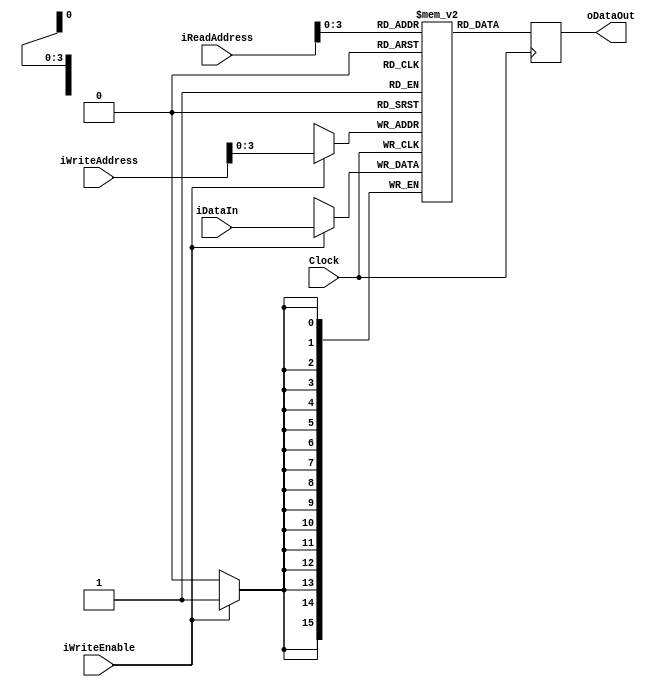
`timescale 1ns / 1ps

// RAM para almacenar el contenido que se imprimir en la pantalla
module RAM_SINGLE_READ_PORT # ( parameter DATA_WIDTH= 16, parameter ADDR_WIDTH=8, parameter MEM_SIZE=8 )
(
	input wire Clock,
	input wire iWriteEnable,
	input wire[ADDR_WIDTH-1:0] iReadAddress,
	input wire[ADDR_WIDTH-1:0] iWriteAddress,
	input wire[DATA_WIDTH-1:0] iDataIn,
	output reg [DATA_WIDTH-1:0] oDataOut
);

reg [DATA_WIDTH-1:0] Ram [MEM_SIZE:0];

always @(posedge Clock)
begin
	if (iWriteEnable)
	Ram[iWriteAddress] <= iDataIn;
	oDataOut <= Ram[iReadAddress];
end

endmodule

// RAM para controlar instrucciones y registros
module RAM_DUAL_READ_PORT # ( parameter DATA_WIDTH= 16, parameter ADDR_WIDTH=8, parameter MEM_SIZE=8 )
(
	input wire						Clock,
	input wire						iWriteEnable,
	input wire[ADDR_WIDTH-1:0]	iReadAddress0,
	input wire[ADDR_WIDTH-1:0]	iReadAddress1,
	input wire[ADDR_WIDTH-1:0]	iWriteAddress,
	input wire[DATA_WIDTH-1:0]		 	iDataIn,
	output reg [DATA_WIDTH-1:0] 		oDataOut0,
	output reg [DATA_WIDTH-1:0] 		oDataOut1
);

	reg [DATA_WIDTH-1:0] Ram [MEM_SIZE:0];		

	always @(posedge Clock) 
		begin 
				if (iWriteEnable) 
					Ram[iWriteAddress] <= iDataIn; 
				
				oDataOut0 <= Ram[iReadAddress0]; 
				oDataOut1 <= Ram[iReadAddress1]; 
		end 
endmodule